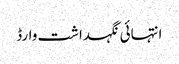
انتہائی نگہداشت وارڈ